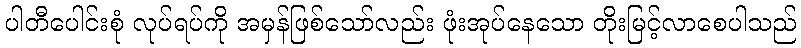
ပါတီပေါင်းစုံ လုပ်ရပ်ကို အမှန်ဖြစ်သော်လည်း ဖုံးအုပ်နေသော တိုးမြင့်လာစေပါသည်